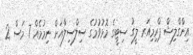
އިންގްލިޝް ޕްރިމިއަރ ލީގު ސިޓީގެ މޮޅުވުމުގެ ސިލްސިލާއަށް ނިމުމެއް 7 މަސް 2